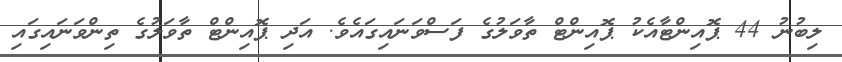
ލިބުނު 44 ޕޮއިންޓާއެކު ޕޮއިންޓް ތާވަލުގެ ފަސްވަނައިގައެވެ. އަދި ޕޮއިންޓް ތާވަލުގެ ތިންވަނައިގައި